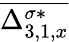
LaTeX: \overline{{\Delta_{3,1,x}^{\sigma*}}}